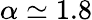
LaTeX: \alpha\simeq 1.8